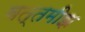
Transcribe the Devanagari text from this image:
बत्तमीझ